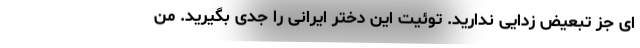
ای جز تبعیض زدایی ندارید. توئیت این دختر ایرانی را جدی بگیرید. من